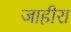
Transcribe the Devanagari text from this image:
जाहीरा